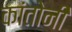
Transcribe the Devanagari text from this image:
कांतोनी